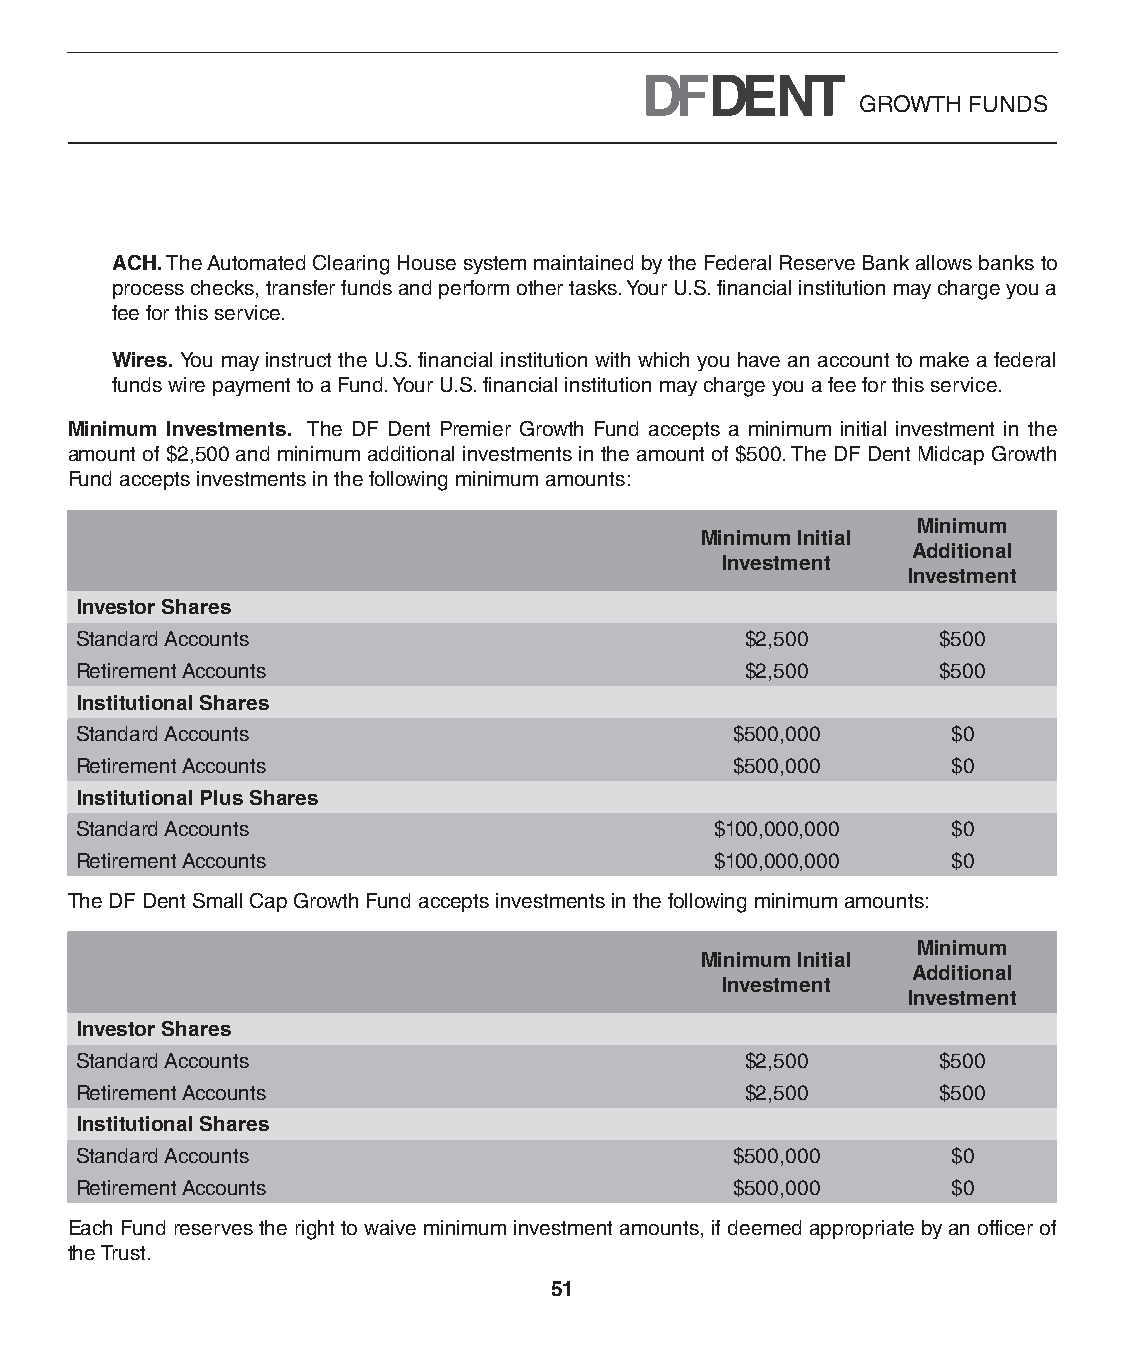
GROWTH FUNDS
 ACH. The Automated Clearing House system maintained by the Federal Reserve Bank allows banks to
 process checks, transfer funds and perform other tasks. Your U.S. financial institution may charge you a
 fee for this service.
 Wires. You may instruct the U.S. financial institution with which you have an account to make a federal
 funds wire payment to a Fund. Your U.S. financial institution may charge you a fee for this service.
 Minimum Investments. The DF Dent Premier Growth Fund accepts a minimum initial investment in the
 amount of $2,500 and minimum additional investments in the amount of $500. The DF Dent Midcap Growth
 Fund accepts investments in the following minimum amounts:
 Minimum
 Minimum Initial
 Additional
 Investment
 Investment
 Investor Shares
 Standard Accounts                           $2,500       $500
 Retirement Accounts                         $2,500       $500
 Institutional Shares
 Standard Accounts                           $500,000      $0
 Retirement Accounts                         $500,000      $0
 Institutional Plus Shares
 Standard Accounts                         $100,000,000    $0
 Retirement Accounts                       $100,000,000    $0
 The DF Dent Small Cap Growth Fund accepts investments in the following minimum amounts:
 Minimum
 Minimum Initial
 Additional
 Investment
 Investment
 Investor Shares
 Standard Accounts                           $2,500       $500
 Retirement Accounts                         $2,500       $500
 Institutional Shares
 Standard Accounts                           $500,000      $0
 Retirement Accounts                         $500,000      $0
 Each Fund reserves the right to waive minimum investment amounts, if deemed appropriate by an officer of
 the Trust.
 51